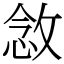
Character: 敜